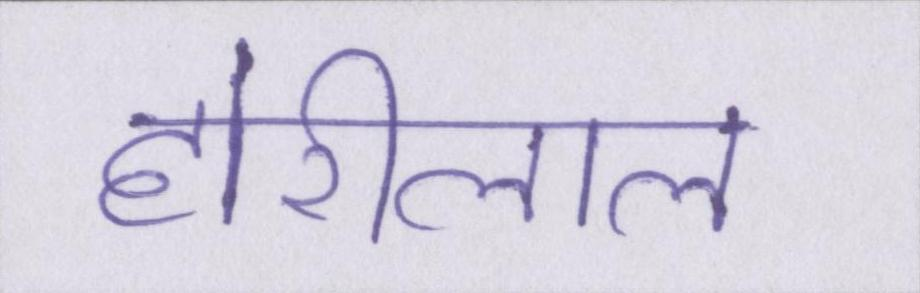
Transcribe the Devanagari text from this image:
होरीलाल